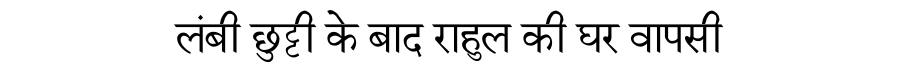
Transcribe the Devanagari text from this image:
लंबी छुट्टी के बाद राहुल की घर वापसी